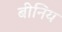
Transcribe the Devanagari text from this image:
बीनिय